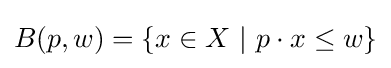
B(p,w)=\{x\in X\ |\ p\cdot x\leq w\}